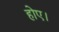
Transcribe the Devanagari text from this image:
होए।